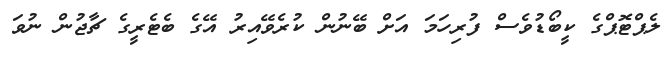
ލެޕްޓޮޕްގެ ކީބޯޑުވެސް ފުރިހަމަ އަށް ބޭނުން ކުރެވޭއިރު އޭގެ ބެޓެރީގެ ޗާޖުން ނުވަ